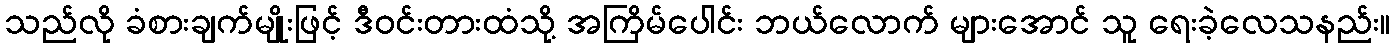
သည်လို ခံစားချက်မျိုးဖြင့် ဒီဝင်းတားထံသို့ အကြိမ်ပေါင်း ဘယ်လောက် များအောင် သူ ရေးခဲ့လေသနည်း။